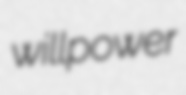
willpower